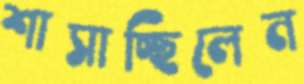
শাসাচ্ছিলেন